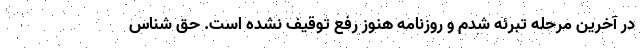
در آخرین مرحله تبرئه شدم و روزنامه هنوز رفع توقیف نشده است. حق شناس